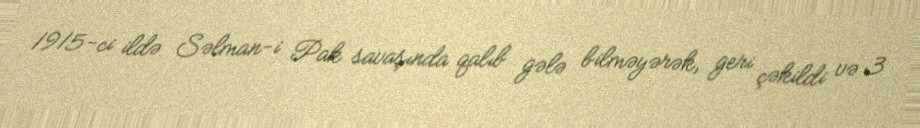
1915-ci ildə Səlman-i Pak savaşında qalıb gələ bilməyərək, geri çəkildi və 3